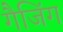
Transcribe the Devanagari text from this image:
गैजिंग